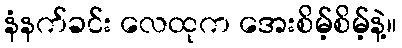
နံနက်ခင်း လေထုက အေးစိမ့်စိမ့်နဲ့။